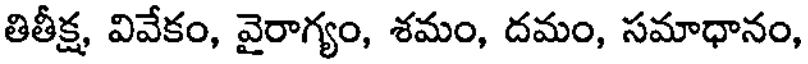
తితీక్ష, వివేకం, వైరాగ్యం, శమం, దమం, సమాధానం,